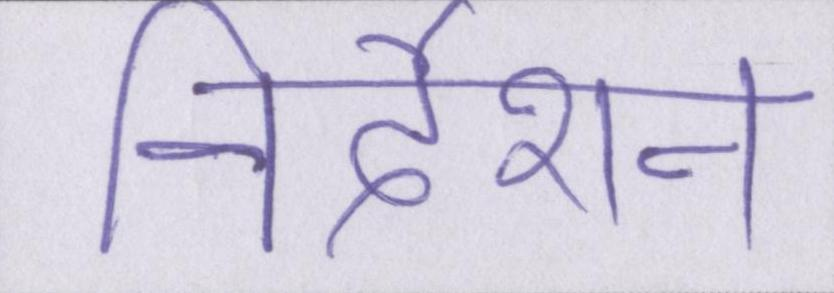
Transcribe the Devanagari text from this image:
निर्देशन